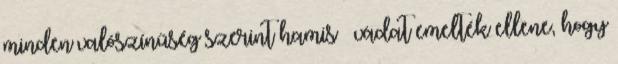
minden valószínűség szerint hamis – vádat emelték ellene, hogy